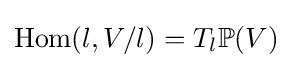
\operatorname {Hom} (l,V/l)=T_{l}\mathbb {P} (V)